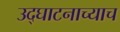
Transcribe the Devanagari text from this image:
उद्घाटनाच्याच